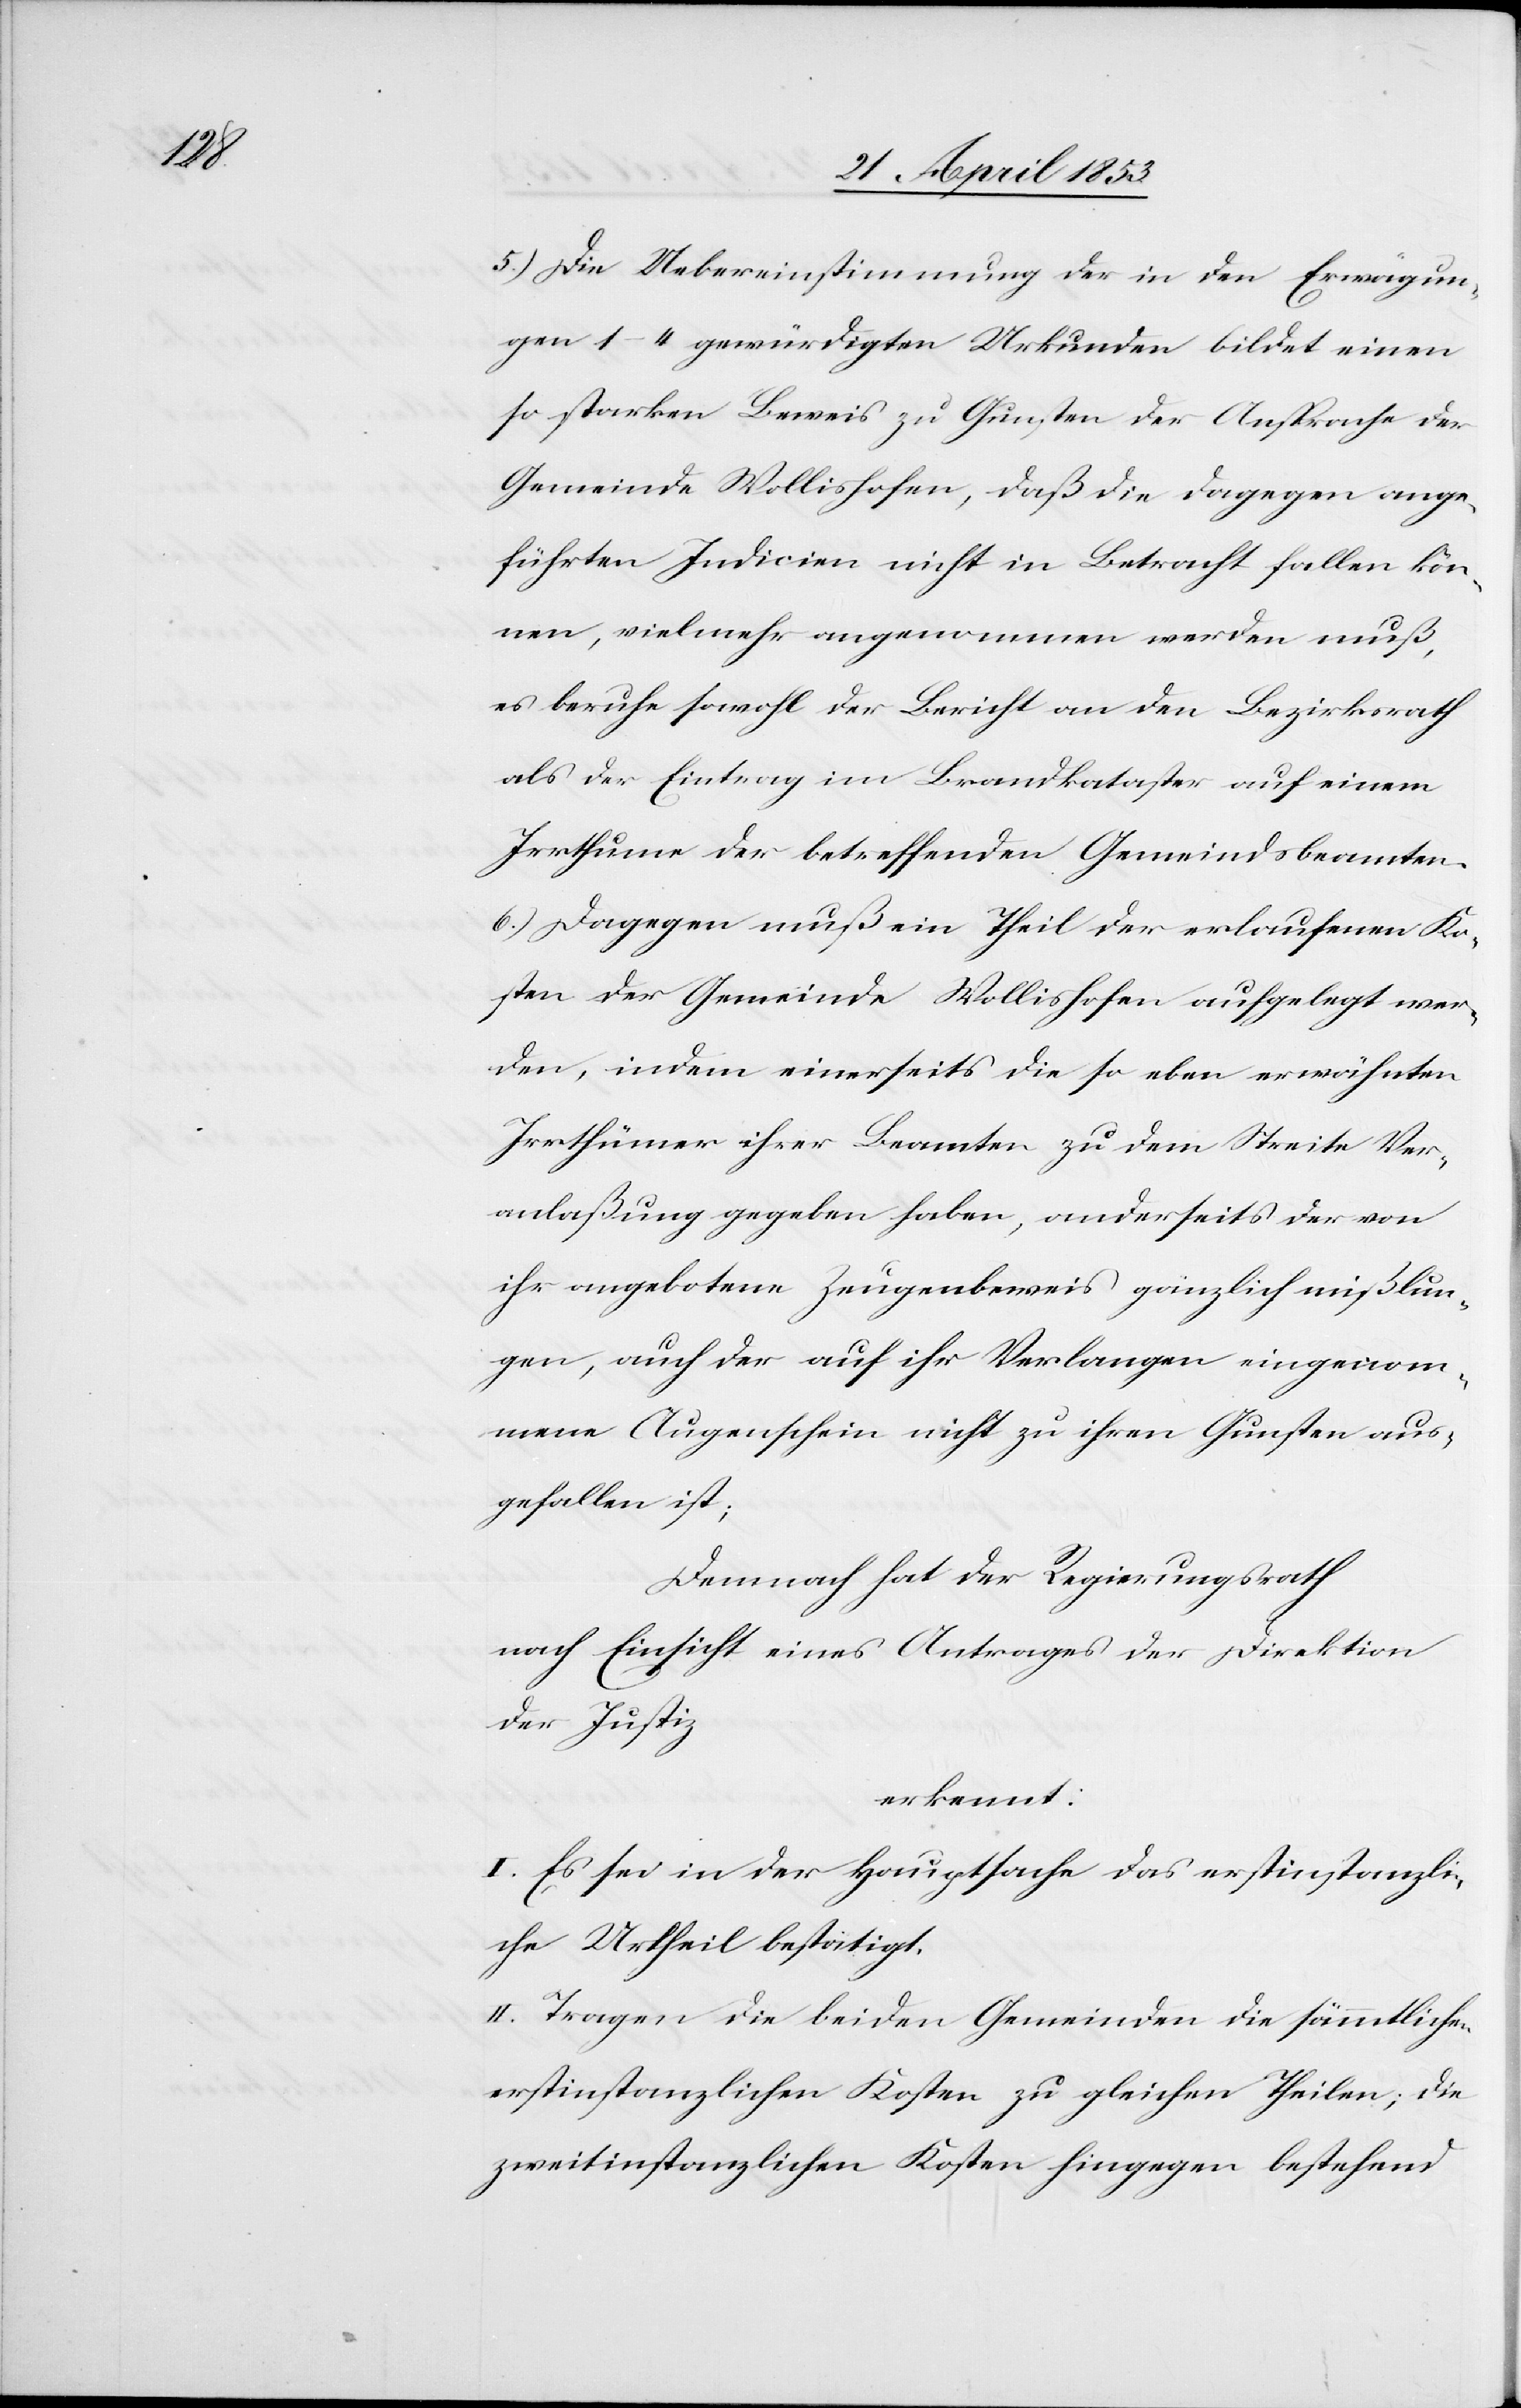
5.) Die Uebereinstimmung der in den Erwägun¬
gen 1–4 gewürdigten Urkunden bildet einen
so starken Beweis zu Gunsten der Ansprache der
Gemeinde Wollishofen, daß die dagegen ange¬
führten Indicien nicht in Betracht fallen kön¬
nen, vielmehr angenommen werden muß,
es beruhe sowohl der Bericht an den Bezirksrath
als der Eintrag im Brandkataster auf einem
Irrthum der betreffenden Gemeindsbeamten.
6.) Dagegen muß ein Theil der erlaufenen Ko¬
sten der Gemeinde Wollishofen aufgelegt wer¬
den, indem einerseits die so eben erwähnten
Irrthümer ihrer Beamten zu dem Streite Ver¬
anlaßung gegeben haben, anderseits der von
ihr angebotene Zeugenbeweis gänzlich mißlun¬
gen, auch der auf ihr Verlangen eingenom¬
mene Augenschein nicht zu ihren Gunsten aus¬
gefallen ist;
Demnach hat der Regierungsrath
nach Einsicht eines Antrages der Direktion
der Justiz
erkennt:
I. Es sei in der Hauptsache das erstinstanzli¬
che Urtheil bestätigt.
II. Tragen die beiden Gemeinden die sämmtlichen
erstinstanzlichen Kosten zu gleichen Theilen; die
zweitinstanzlichen Kosten hingegen bestehend